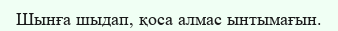
Шынға шыдап, қоса алмас ынтымағын.